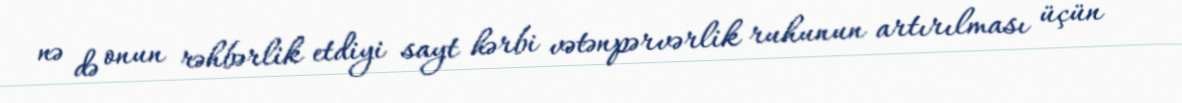
nə də onun rəhbərlik etdiyi sayt hərbi vətənpərvərlik ruhunun artırılması üçün